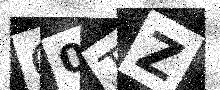
Text: Q0TZ